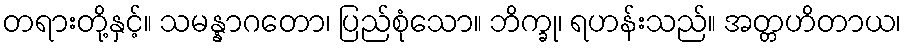
တရားတို့နှင့်။ သမန္နာဂတော၊ ပြည်စုံသော။ ဘိက္ခု၊ ရဟန်းသည်။ အတ္တဟိတာယ၊